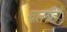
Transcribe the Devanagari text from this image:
ग्वालगीतों